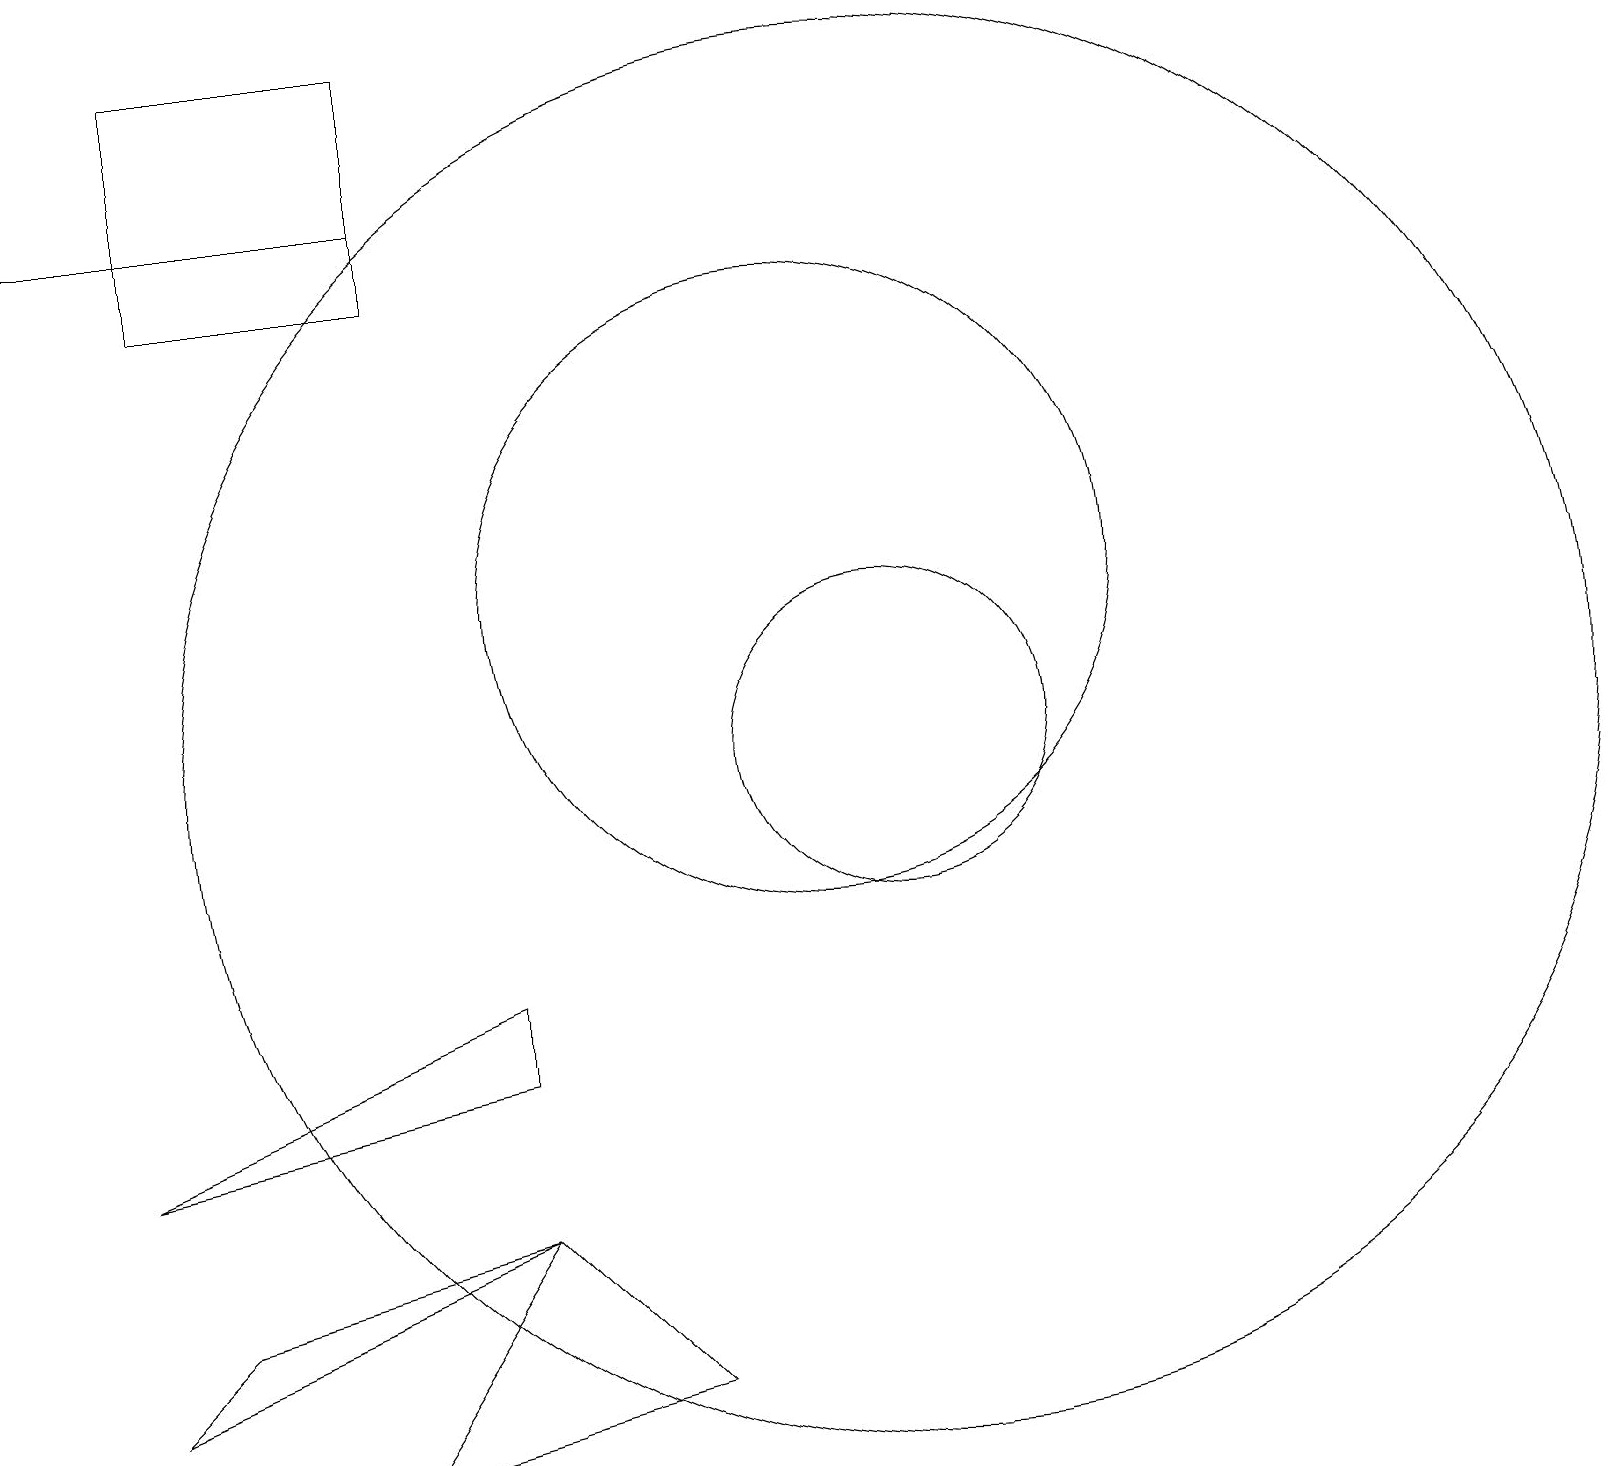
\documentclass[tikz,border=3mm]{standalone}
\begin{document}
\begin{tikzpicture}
\draw (6,4) -- (4,1) -- (8,2) -- cycle;
\draw (2,3) -- (1,2) -- (6,4) -- cycle;
\draw (11,10) circle (9);
\draw (5,16) rectangle (2,19);
\draw[->] (5,17) -- (0,17);
\draw (11,10) circle (2);
\draw (10,12) circle (4);
\draw (6,6) -- (1,5) -- (6,7) -- cycle;
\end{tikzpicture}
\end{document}